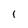
Character: 1